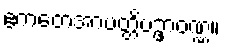
ဧကတေအာပတ္တိပဥှာဝဏ္ဏ။